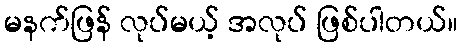
မနက်ဖြန် လုပ်မယ့် အလုပ် ဖြစ်ပါတယ်။